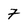
Character: 7